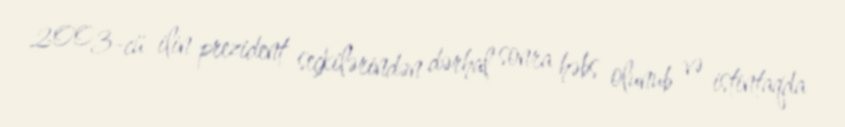
2003-cü ilin prezident seçkilərindən dərhal sonra həbs olunub və istintaqda